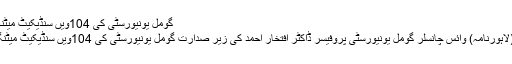
گومل یونیورسٹی کی 104ویں سنڈیکیٹ میٹنگ کا انعقاد کیا گیا
ڈیرہ اسماعیل خان(لاہورنامہ) وائس چانسلر گومل یونیورسٹی پروفیسر ڈاکٹر افتخار احمد کی زیر صدارت گومل یونیورسٹی کی 104ویں سنڈیکیٹ میٹنگ کا انعقاد کیا گیا۔